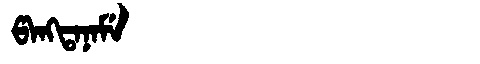
Manchu: ᡦᠠᠩᡨᠠᠨᠠᠮᡝ
Romanization: PANGTANAME